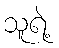
သူရဲ့